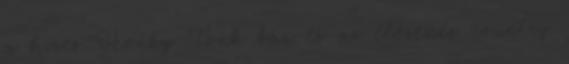
a híres Honky Tonk bár és az élőzenés country